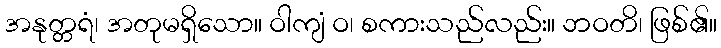
အနုတ္တရံ၊ အတုမရှိသော။ ဝါကျံ ဝ၊ စကားသည်လည်း။ ဘဝတိ၊ ဖြစ်၏။